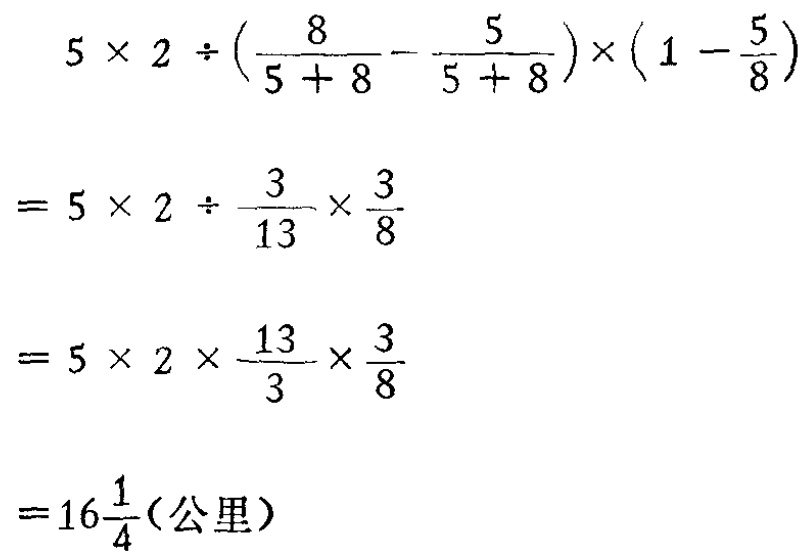
\[

\begin{align*}

&5\times 2\div\left(\frac{8}{5 + 8}-\frac{5}{5 + 8}\right)\times\left(1-\frac{5}{8}\right)\\

=&5\times 2\div\frac{3}{13}\times\frac{3}{8}\\

=&5\times 2\times\frac{13}{3}\times\frac{3}{8}\\

=&16\frac{1}{4}(\text{公里})

\end{align*}

\]